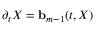
\partial _ { t } X = \ensuremath { \mathbf { b } } _ { m - 1 } ( t , X )